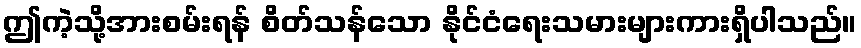
ဤကဲ့သို့အားစမ်းရန် စိတ်သန်သော နိုင်ငံရေးသမားများကားရှိပါသည်။